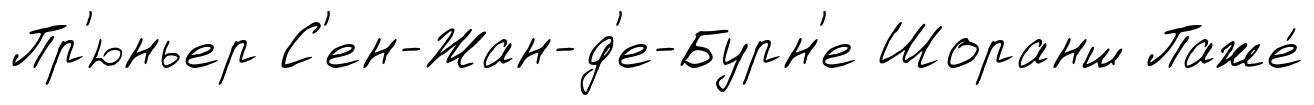
Пр'юньер С'ен-Жан-д'е-Бурн'е Шоранш Паже́